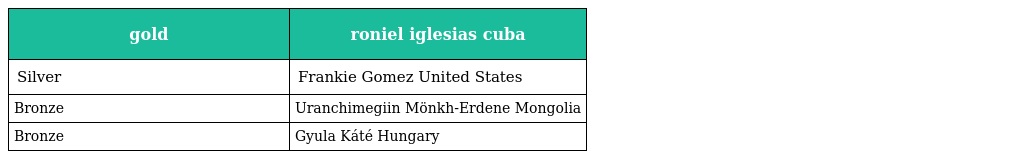
| gold | roniel iglesias cuba |
 | --- | --- |
 | Silver | Frankie Gomez United States |
 | Bronze | Uranchimegiin Mönkh-Erdene Mongolia |
 | Bronze | Gyula Káté Hungary |